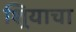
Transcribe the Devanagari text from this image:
शिर्‍याचा